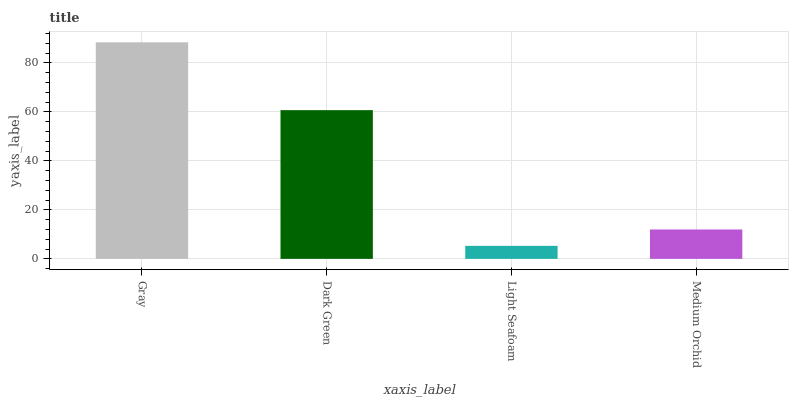
| xaxis_label | bars |
 | --- | --- |
 | Gray | 88.4 |
 | Dark Green | 60.7 |
 | Light Seafoam | 5.32 |
 | Medium Orchid | 12 |